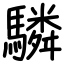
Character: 驎